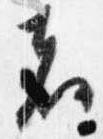
者